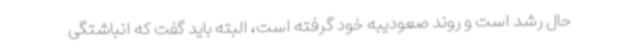
حال رشد است و روند صعودیبه خود گرفته است، البته باید گفت که انباشتگی